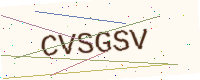
Text: CVSGSV